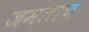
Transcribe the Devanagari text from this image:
जमताच